Cholera in India, 1862 to 1881
Year: 1862
Disease focus: Cholera
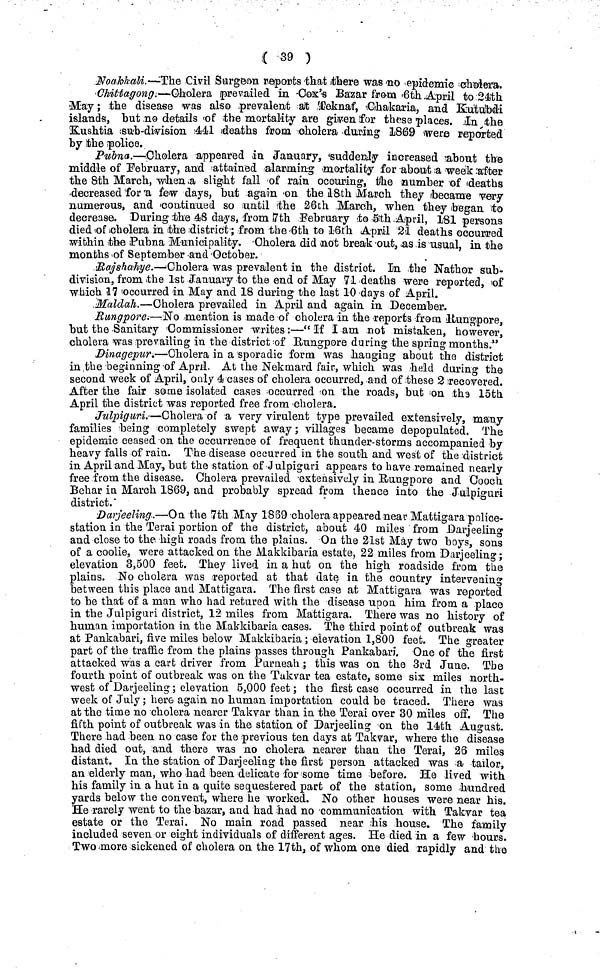
( 39 )
Noabhati.—The Civil Surgeon reports that there was no epidemic cholera.
Chittagong.—Cholera prevailed in Cox's Bazar from 6th April to 24th
May; the disease was also prevalent at Teknaf, Chakaria, and Kutubdi
islands, but no details of the mortality are given for these places. In the
Kushtia sub-division 441 deaths from cholera during 1869 were reported
by the police.
Pubna.—Cholera appeared in January, 'suddenly increased about the
middle of February, and attained alarming mortality for about a week after
the 8th March, when a slight fall of rain occuring, the number of deaths
decreased for a few days, but again on the 18th March they became very
numerous, and continued so until the 26th March, when they began to
decrease. During the 48 days, from 7th February to 5th April, 181 persons
died of cholera in the district ; from the 6th to l6th April 21 deaths occurred
within the Pubna Municipality. Cholera did not break out, as is usual, in the
months of September and October.
Rajshahye.—Cholera was prevalent in the district. In the Nathor sub-
division, from the 1st January to the end of May 71 deaths were reported, of
which 17 occurred in May and 18 during the last 10 days of April.
Maldah.—Cholera prevailed in April and again in December.
Rungpore.—No mention is made of cholera in the reports from Rungpore,
but the Sanitary Commissioner writes :—“ If I am not mistaken, however,
cholera was prevailing in the district of Rungpore during the spring months."
Dinagepur.—Cholera in a sporadic form was hanging about the district
in the beginning of April. At the Nekmard fair, which was held during the
second week of April, only 4 cases of cholera occurred, and of these 2 recovered.
After the fair some isolated cases occurred on the roads, but on the 15th
April the district was reported free from cholera.
Julpiguri.—Cholera of a very virulent type prevailed extensively, many
families being completely swept away ; villages became depopulated. The
epidemic ceased on the occurrence of frequent thunder-storms accompanied by
heavy falls of rain. The disease occurred in the south and west of the district
in April and May, but the station of Julpiguri appears to have remained nearly
free from the disease. Cholera prevailed extensively in Rungpore and Cooch
Behar in March 1869, and probably spread from thence into the Julpiguri
district.
Darjeeling.—On the 7th May 1869 cholera appeared near Mattigara police-
station in the Terai portion of the district, about 40 miles from Darjeeling
and close to the high roads from the plains. On the 21st May two boys, sons
of a coolie, were attacked on the Makkibaria estate, 22 miles from Darjeeling ;
elevation 3,500 feet. They lived in a hut on the high roadside from the
plains. No cholera was reported at that date in the country intervening
between this place and Mattigara. The first case at Mattigara was reported
to be that of a man who had retured with the disease upon him from a place
in the Julpiguri district, 12 miles from Mattigara. There was no history of
human importation in the Makkibaria cases. The third point of outbreak was
at Pankabari, five miles below Makkibaria ; elevation 1,800 feet. The greater
part of the traffic from the plains passes through Pankabari. One of the first
attacked was a cart driver from Purneah ; this was on the 3rd June. The
fourth point of outbreak was on the Takvar tea estate, some sis miles north-
west of Darjeeling; elevation 5,000 feet ; the first case occurred in the last
week of July ; here again no human importation could be traced. There was
at the time no cholera nearer Takvar than in the Terai over 30 miles off. The
fifth point of outbreak was in the station of Darjeeling on the 14th August.
There had been no case for the previous ten days at Takvar, where the disease
had died out, and there was no cholera nearer than the Terai, 26 miles
distant. In the station of Darjeeling the first person attacked was a tailor,
an elderly man, who had been delicate for some time before. He lived with
his family in a hut in a quite sequestered part of the station, some hundred
yards below the convent, where he worked. No other houses were near his.
He rarely went to the bazar, and had had no communication with Takvar tea
estate or the Terai. No main road passed near his house. The family
included seven or eight individuals of different ages. He died in a few hours.
Two more sickened of cholera on the 17th, of whom one died rapidly and the